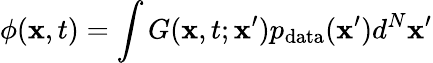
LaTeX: \phi(\mathbf{x},t)=\int G(\mathbf{x},t;\mathbf{x}^{\prime})p_{\mathrm{data}}(\mathbf{x}^{\prime})d^{N}\mathbf{x}^{\prime}